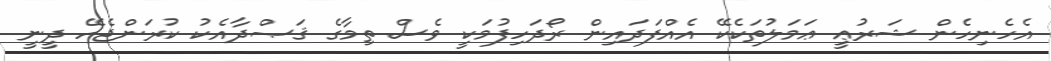
އެހެނިހެން ޝަރުޢީ ޢަމަލުތަކެކޭ އެއްފަދައިން ރޯދަހިފުމަކީ ވެސް ތިމާގެ ޤަޞްދާއެކު ކުރަންޖެހޭ ދީނީ